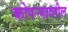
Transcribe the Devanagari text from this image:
कोपर्‍यावरील